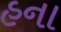
હના